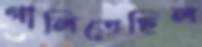
গালিতেছিল